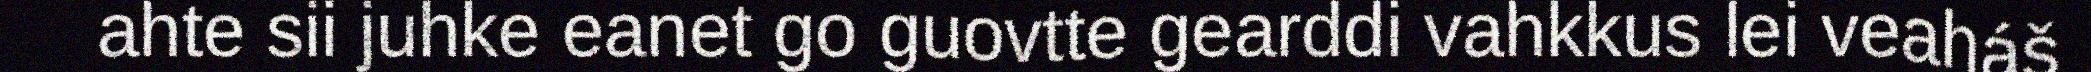
ahte sii juhke eanet go guovtte gearddi vahkkus lei veaháš